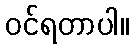
ဝင်ရတာပါ။